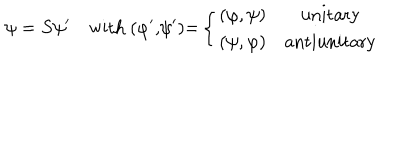
\psi = S \psi ^ { \prime \quad } \mathrm { w i t h ~ ( } \varphi ^ { \prime } \mathrm { , } \psi ^ { \prime } \mathrm { ) = } \left\{ \begin{array} { c c } { { ( \varphi , \psi ) } } & { { \mathrm { u n i t a r y } } } \\ { { ( \psi , \varphi ) } } & { { \mathrm { a n t i u n i t a r y } } } \\ \end{array} \right.